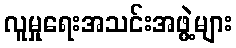
လူမှုရေးအသင်းအဖွဲ့များ